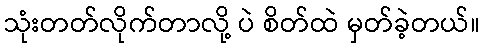
သုံးတတ်လိုက်တာလို့ ပဲ စိတ်ထဲ မှတ်ခဲ့တယ်။